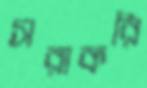
সরাকরি